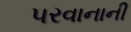
પરવાનાની